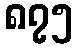
၈၇၅